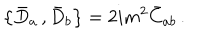
\left\{ \bar { D } _ { a } \, , \bar { D } _ { b } \right\} = 2 i m ^ { 2 } \bar { C } _ { a b } \, .